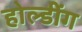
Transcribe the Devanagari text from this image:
होल्डींग